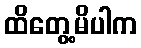
ထိတွေ့မိပါက